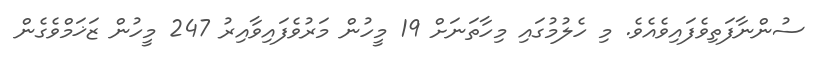
ސުންނާފަތިވެފައިވެއެވެ. މި ހެލުމުގައި މިހާތަނަށް 19 މީހުން މަރުވެފައިވާއިރު 247 މީހުން ޒަޚަމްވެގެން